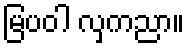
မြပဝါ လှကညာ။